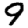
Digit: 9